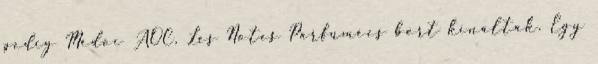
pedig Médoc AOC, Les Notes Parfumées bort kínáltak. Egy